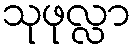
သုဖုလ္လာ